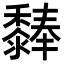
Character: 𪐃